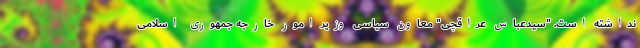
نداشته است. "سیدعباس عراقچی" معاون سیاسی وزیر امور خارجه جمهوری اسلامی